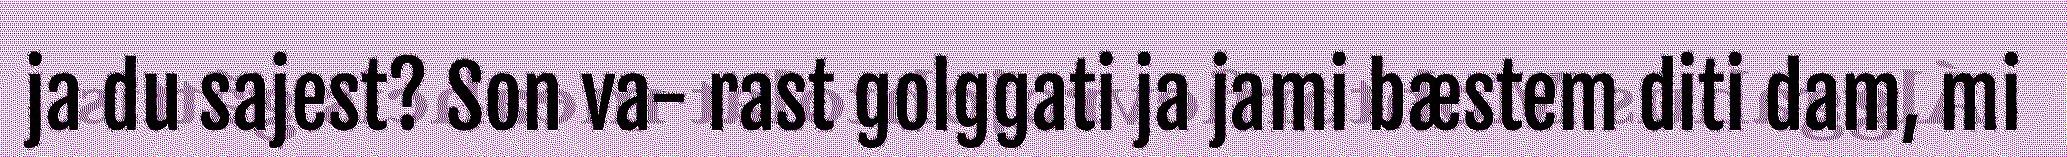
ja du sajest? Son va- rast golggati ja jami bæstem diti dam, mi